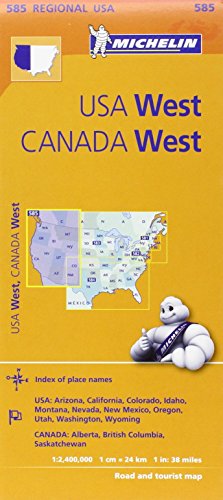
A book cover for Michelin USA: West, Canada: West Map 585 (Maps/Regional (Michelin)); Michelin Travel & Lifestyle; Travel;